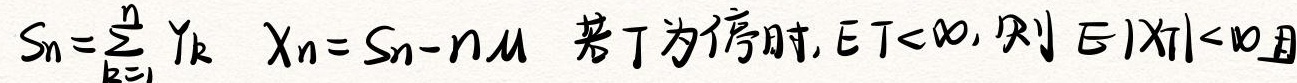
$S_n = \sum_{k = 1}^{n} Y_k \quad X_n = S_n - n\mu \quad 若T为停时, ET < \infty, 则 E|X_T| < \infty且$